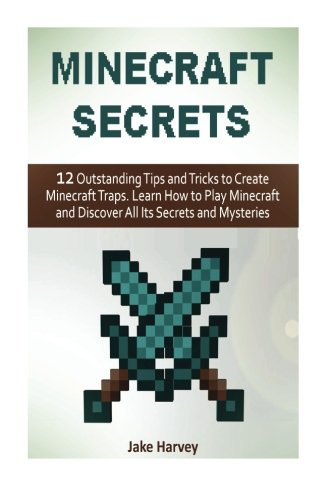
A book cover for Minecraft secrets: 12 Outstanding Tips and Tricks to Create Minecraft Traps. Learn How to Play Minecraft and Discover All Its Secrets and Mysteries (Minecraft secrets, minecraft, minecraft cheats); Jake Harvey; Humor & Entertainment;